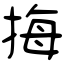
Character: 挴